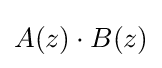
A(z)\cdot B(z)